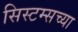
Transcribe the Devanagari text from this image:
सिस्टम्सच्या